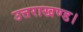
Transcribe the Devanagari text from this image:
उत्तराखण्ड।